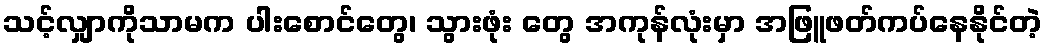
သင့်လျှာကိုသာမက ပါးစောင်တွေ၊ သွားဖုံး တွေ အကုန်လုံးမှာ အဖြူဖတ်ကပ်နေနိုင်တဲ့